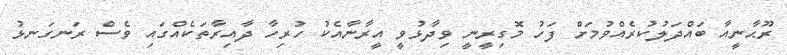
ރޫޙާނީއާ ބައްދަލުކުރެއްވުމަށް ފަހު މޮގިރީނީ ވިދާޅުވީ އީރާނާއެކު ހުރިހާ ދާއިރާތަކެއްގައި ވެސް ރަނގަނޅު